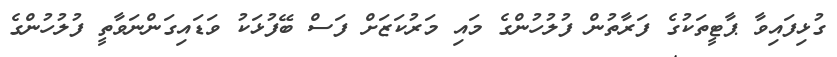
ގުޅިފައިވާ ޕާޓީތަކުގެ ފަރާތުން ފުލުހުންގެ މައި މަރުކަޒަށް ފަސް ބޭފުޅަކު ވަޑައިގަންނަވާތީ ފުލުހުންގެ